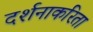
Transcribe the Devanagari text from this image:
दर्शनाकरिता